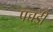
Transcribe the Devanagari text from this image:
पच्चडी